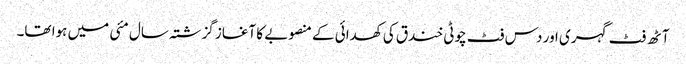
آٹھ فٹ گہری اور دس فٹ چوٹی خندق کی کھدائی کے منصوبے کا آغاز گزشتہ سال مئی میں ہوا تھا۔